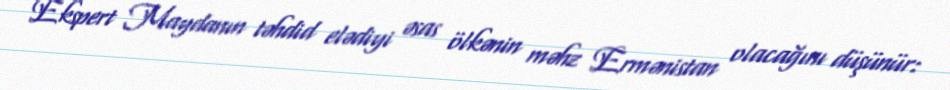
Ekspert Maydanın təhdid elədiyi əsas ölkənin məhz Ermənistan olacağını düşünür: